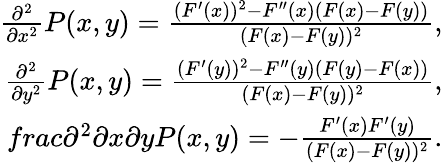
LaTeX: \begin{array}{r}{\frac{\partial^{2}}{\partial x^{2}}P(x,y)=\frac{(F^{\prime}(x))^{2}-F^{\prime\prime}(x)(F(x)-F(y))}{(F(x)-F(y))^{2}},}\\ {\frac{\partial^{2}}{\partial y^{2}}P(x,y)=\frac{(F^{\prime}(y))^{2}-F^{\prime\prime}(y)(F(y)-F(x))}{(F(x)-F(y))^{2}},}\\ {frac{\partial^{2}}{\partial x\partial y}P(x,y)=-\frac{F^{\prime}(x)F^{\prime}(y)}{(F(x)-F(y))^{2}}.}\end{array}